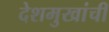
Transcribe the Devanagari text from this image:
देशमुखांची